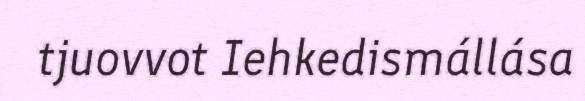
tjuovvot Iehkedismállása